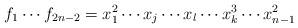
LaTeX: \begin{align*}f_1\cdots f_{2n-2}=x_1^2\cdots x_j\cdots x_l\cdots x_{k}^3\cdots x_{n-1}^2\end{align*}